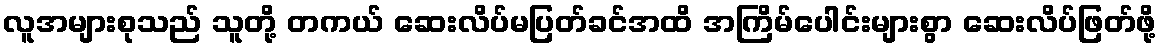
လူအများစုသည် သူတို့ တကယ် ဆေးလိပ်မပြတ်ခင်အထိ အကြိမ်ပေါင်းများစွာ ဆေးလိပ်ဖြတ်ဖို့